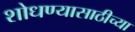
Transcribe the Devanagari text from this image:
शोधण्यासाठीच्या